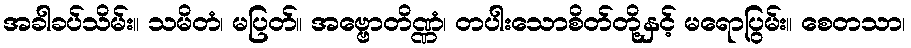
အခါခပ်သိမ်း။ သမိတံ၊ မပြတ်။ အဗ္ဗောတိဏ္ဏံ၊ တပါးသောစိတ်တို့နှင့် မရောပြွမ်း။ စေတသာ၊